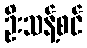
ဦးသန့်စင်